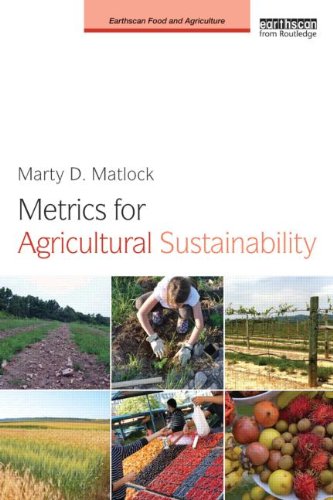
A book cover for Metrics for Agricultural Sustainability (Earthscan Food and Agriculture); Marty D. Matlock; Science & Math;